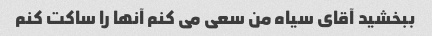
ببخشید آقای سیاه من سعی می کنم آنها را ساکت کنم